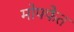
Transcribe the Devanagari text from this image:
मोफ्फेत